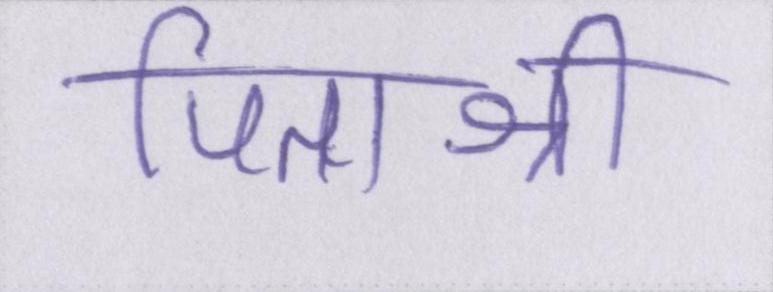
पिताश्री